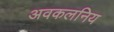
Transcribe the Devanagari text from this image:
अवकलनिय